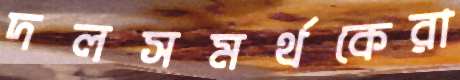
দলসমর্থকেরা